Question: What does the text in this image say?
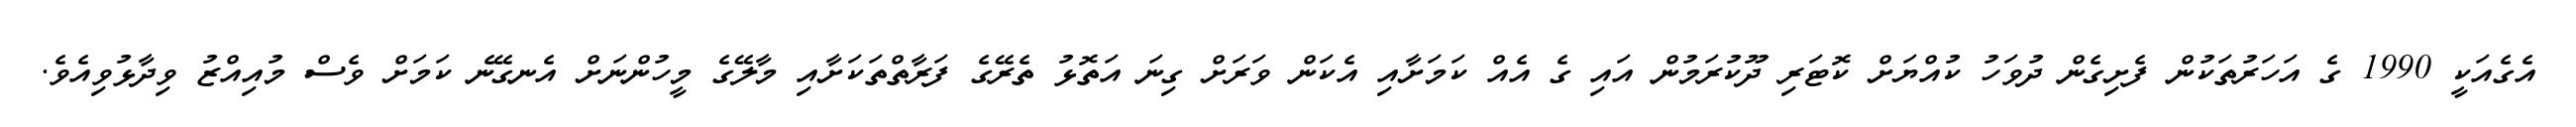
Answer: އެގެއަކީ 1990 ގެ އަހަރުތަކުން ފެށިގެން ދުވަހު ކުއްޔަށް ކޮޓަރި ދޫކުރަމުން އައި ގެ އެއް ކަމަށާއި އެކަން ވަރަށް ގިނަ އަތޮޅު ތެރޭގެ ފަރާތްތަކަށާއި މާލޭގެ މީހުންނަށް އެނގޭނެ ކަމަށް ވެސް މުއިއްޒު ވިދާޅުވިއެވެ.